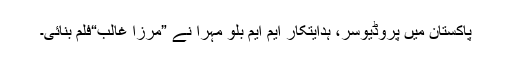
پاکستان میں پروڈیوسر، ہدایتکار ایم ایم بلو مہرا نے ”مرزا غالب“فلم بنائی۔